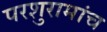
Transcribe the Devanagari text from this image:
परशुरामांच